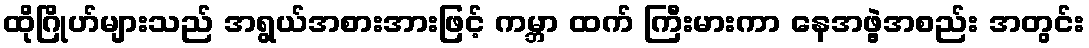
ထိုဂြိုဟ်များသည် အရွယ်အစားအားဖြင့် ကမ္ဘာ ထက် ကြီးမားကာ နေအဖွဲ့အစည်း အတွင်း